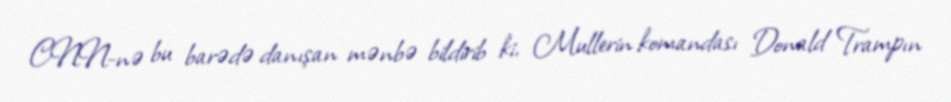
CNN-nə bu barədə danışan mənbə bildirib ki, Mullerin komandası Donald Trampın